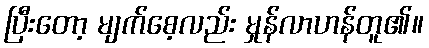
ပြီးတော့ မျက်စေ့လည်း မှုန်လာဟန်တူ၏။